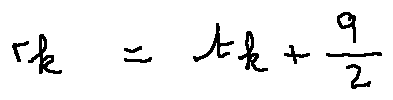
r _ { k } = t _ { k } + \frac { q } { 2 }